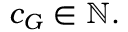
c _ { G } \in \mathbb { N } .